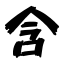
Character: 含